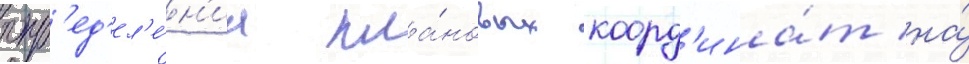
опр'ед'ел'е́н'иа пла́новых коорд'ина́т на́